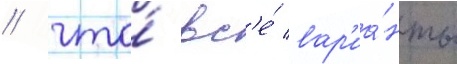
/ что́ вс'е́ вар'иа́нты